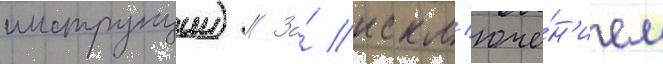
инструкции) // За́ искл'юче́н'ием